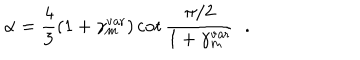
\alpha = { \frac { 4 } { 3 } } ( 1 + \gamma _ { m } ^ { \mathrm { v a r } } ) \cot { \frac { \pi / 2 } { 1 + \gamma _ { m } ^ { \mathrm { v a r } } } } \; \; .